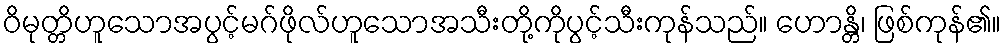
ဝိမုတ္တိဟူသောအပွင့်မဂ်ဖိုလ်ဟူသောအသီးတို့ကိုပွင့်သီးကုန်သည်။ ဟောန္တိ၊ ဖြစ်ကုန်၏။